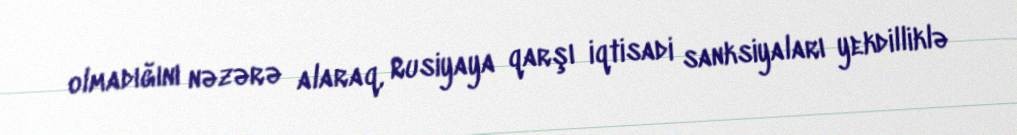
olmadığını nəzərə alaraq, Rusiyaya qarşı iqtisadi sanksiyaları yekdilliklə